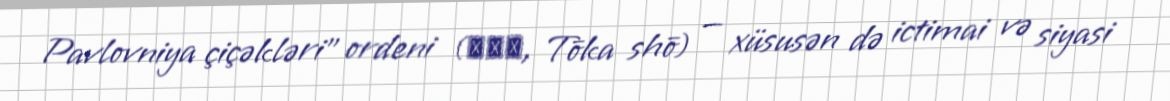
Pavlovniya çiçəkləri" ordeni (桐花章, Tōka shō) — xüsusən də ictimai və siyasi